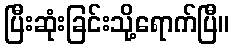
ပြီးဆုံးခြင်းသို့ရောက်ပြီ။